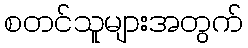
စတင်သူများအတွက်